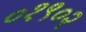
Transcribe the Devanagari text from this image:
०१९०२